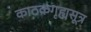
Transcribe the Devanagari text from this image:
काठकगृह्यसूत्र